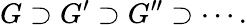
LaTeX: G\supset G^{\prime}\supset G^{\prime\prime}\supset\cdots.